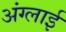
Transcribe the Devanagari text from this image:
अंग्लाई